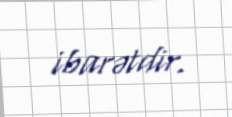
ibarətdir.